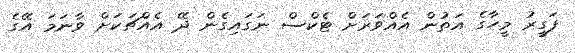
ފަގީރު މީހާގެ އަތުން އެއްވަރަށް ޓެކްސް ނަގައިގެން ދޭ އެއްޗަކަށް ވާނަމަ އޭގެ